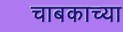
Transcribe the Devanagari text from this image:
चाबकाच्या